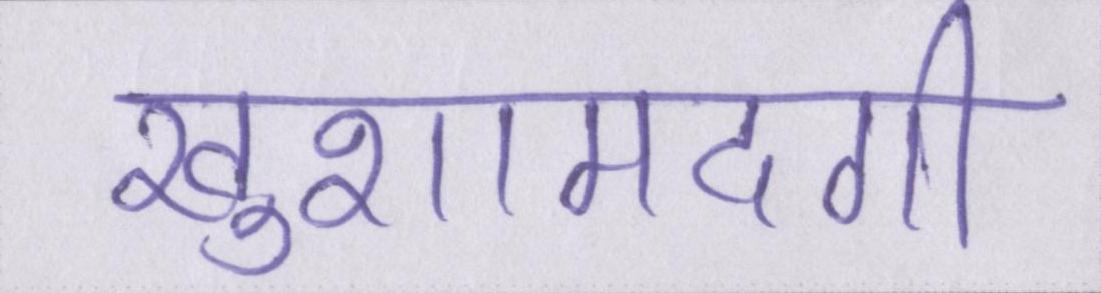
खुशामदगी